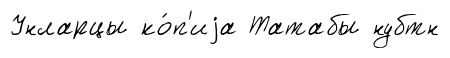
Унларцы ко́п'иjа Татабы нубтн